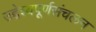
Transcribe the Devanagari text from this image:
उद्देश्यपूर्णसंचलन